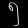
Digit: ၅